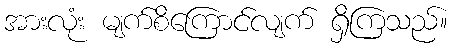
အားလုံး မျက်စိကြောင်လျက် ရှိကြသည်။